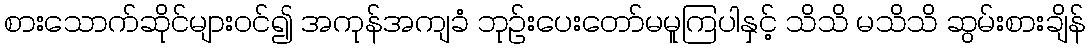
စားသောက်ဆိုင်များဝင်၍ အကုန်အကျခံ ဘုဉ်းပေးတော်မမူကြပါနှင့် သိသိ မသိသိ ဆွမ်းစားချိန်